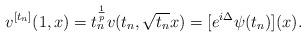
LaTeX: \begin{align*}v^{[t_n]}(1,x) = t_n^{\frac1{p}} v(t_n, \sqrt{t_n} x)= [e^{i\Delta} \psi(t_n)](x).\end{align*}